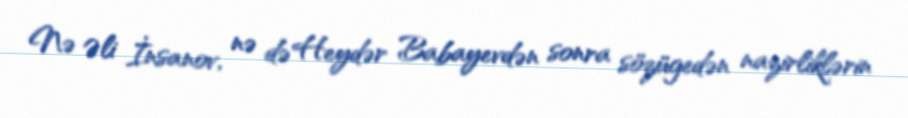
Nə Əli İnsanov, nə də Heydər Babayevdən sonra sözügedən nazirliklərin